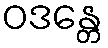
ဝဒန္တေ